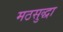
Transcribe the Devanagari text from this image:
मठसुद्धा